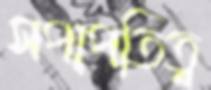
সপাপতিত্ব